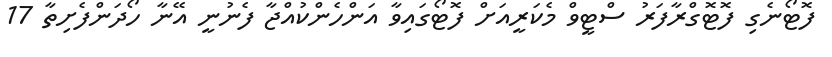
ފޮޓޯނެގި ފޮޓޮގްރާފަރު ސްޓީވް މެކަރީއަށް ފޮޓޯގައިވާ އަންހެންކުއްޖާ ފެނުނީ އޭނާ ހޯދަންފެށިތާ 17